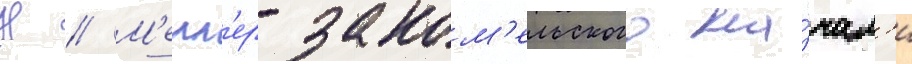
Н // М'елл'ер-заком'ельского на́чал'и